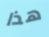
هذا